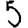
Digit: 5